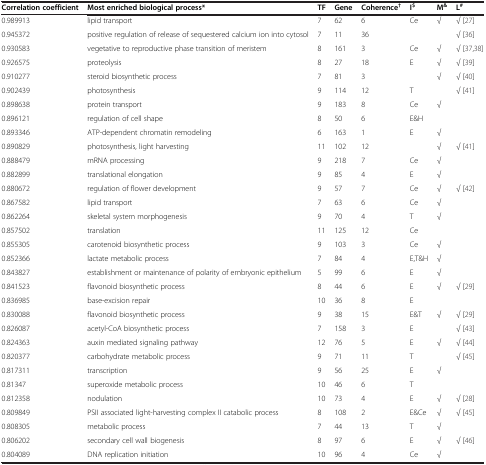
<table><thead><tr><td><b>Correlation coefficient</b></td><td><b>Most enriched biological process*</b></td><td><b>TF</b></td><td><b>Gene</b></td><td><b>Coherence<sup>†</sup></b></td><td><b>I<sup>$</sup></b></td><td><b>M<sup>&amp;</sup></b></td><td><b>L<sup>#</sup></b></td></tr></thead><tbody><tr><td>0.989913</td><td>lipid transport</td><td>7</td><td>62</td><td>6</td><td>Ce</td><td>√</td><td>√[27]</td></tr><tr><td>0.945372</td><td>positive regulation of release of sequestered calcium ion into cytosol</td><td>7</td><td>11</td><td>36</td><td> </td><td> </td><td>√[36]</td></tr><tr><td>0.930583</td><td>vegetative to reproductive phase transition of meristem</td><td>8</td><td>161</td><td>3</td><td>Ce</td><td>√</td><td>√[37,38]</td></tr><tr><td>0.926575</td><td>proteolysis</td><td>8</td><td>27</td><td>18</td><td>E</td><td>√</td><td>√[39]</td></tr><tr><td>0.910277</td><td>steroid biosynthetic process</td><td>7</td><td>81</td><td>3</td><td> </td><td>√</td><td>√[40]</td></tr><tr><td>0.902439</td><td>photosynthesis</td><td>9</td><td>114</td><td>12</td><td>T</td><td> </td><td>√[41]</td></tr><tr><td>0.898638</td><td>protein transport</td><td>9</td><td>183</td><td>8</td><td>Ce</td><td>√</td><td> </td></tr><tr><td>0.896121</td><td>regulation of cell shape</td><td>8</td><td>50</td><td>6</td><td>E&amp;H</td><td> </td><td> </td></tr><tr><td>0.893346</td><td>ATP-dependent chromatin remodeling</td><td>6</td><td>163</td><td>1</td><td>E</td><td>√</td><td> </td></tr><tr><td>0.890829</td><td>photosynthesis, light harvesting</td><td>11</td><td>102</td><td>12</td><td> </td><td>√</td><td>√[41]</td></tr><tr><td>0.888479</td><td>mRNA processing</td><td>9</td><td>218</td><td>7</td><td>Ce</td><td>√</td><td> </td></tr><tr><td>0.882899</td><td>translational elongation</td><td>9</td><td>85</td><td>4</td><td>E</td><td>√</td><td> </td></tr><tr><td>0.880672</td><td>regulation of flower development</td><td>9</td><td>57</td><td>7</td><td>Ce</td><td>√</td><td>√[42]</td></tr><tr><td>0.867582</td><td>lipid transport</td><td>7</td><td>63</td><td>6</td><td>Ce</td><td>√</td><td> </td></tr><tr><td>0.862264</td><td>skeletal system morphogenesis</td><td>9</td><td>70</td><td>4</td><td>T</td><td>√</td><td> </td></tr><tr><td>0.857502</td><td>translation</td><td>11</td><td>125</td><td>12</td><td>Ce</td><td> </td><td> </td></tr><tr><td>0.855305</td><td>carotenoid biosynthetic process</td><td>9</td><td>103</td><td>3</td><td>Ce</td><td>√</td><td> </td></tr><tr><td>0.852366</td><td>lactate metabolic process</td><td>7</td><td>84</td><td>4</td><td>E,T&amp;H</td><td>√</td><td> </td></tr><tr><td>0.843827</td><td>establishment or maintenance of polarity of embryonic epithelium</td><td>5</td><td>99</td><td>6</td><td>E</td><td>√</td><td> </td></tr><tr><td>0.841523</td><td>flavonoid biosynthetic process</td><td>8</td><td>44</td><td>6</td><td>E</td><td>√</td><td>√[29]</td></tr><tr><td>0.836985</td><td>base-excision repair</td><td>10</td><td>36</td><td>8</td><td>E</td><td> </td><td> </td></tr><tr><td>0.830088</td><td>flavonoid biosynthetic process</td><td>9</td><td>38</td><td>15</td><td>E&amp;T</td><td>√</td><td>√[29]</td></tr><tr><td>0.826087</td><td>acetyl-CoA biosynthetic process</td><td>7</td><td>158</td><td>3</td><td>E</td><td> </td><td>√[43]</td></tr><tr><td>0.824363</td><td>auxin mediated signaling pathway</td><td>12</td><td>76</td><td>5</td><td>E</td><td>√</td><td>√[44]</td></tr><tr><td>0.820377</td><td>carbohydrate metabolic process</td><td>9</td><td>71</td><td>11</td><td>T</td><td> </td><td>√[45]</td></tr><tr><td>0.817311</td><td>transcription</td><td>9</td><td>56</td><td>25</td><td>E</td><td>√</td><td> </td></tr><tr><td>0.81347</td><td>superoxide metabolic process</td><td>10</td><td>46</td><td>6</td><td>T</td><td> </td><td> </td></tr><tr><td>0.812358</td><td>nodulation</td><td>10</td><td>73</td><td>4</td><td>E</td><td>√</td><td>√[28]</td></tr><tr><td>0.809849</td><td>PSII associated light-harvesting complex II catabolic process</td><td>8</td><td>108</td><td>2</td><td>E&amp;Ce</td><td>√</td><td>√[45]</td></tr><tr><td>0.808305</td><td>metabolic process</td><td>7</td><td>44</td><td>13</td><td>T</td><td>√</td><td> </td></tr><tr><td>0.806202</td><td>secondary cell wall biogenesis</td><td>8</td><td>97</td><td>6</td><td>E</td><td>√</td><td>√[46]</td></tr><tr><td>0.804089</td><td>DNA replication initiation</td><td>10</td><td>96</td><td>4</td><td>Ce</td><td>√</td><td> </td></tr></tbody></table>